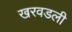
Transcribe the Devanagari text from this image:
खरवडली